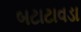
બટાટાવડા